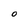
Character: O